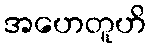
အဟေတူဟိ